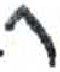
אות: ר